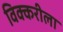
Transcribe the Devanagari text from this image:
विक्करीला